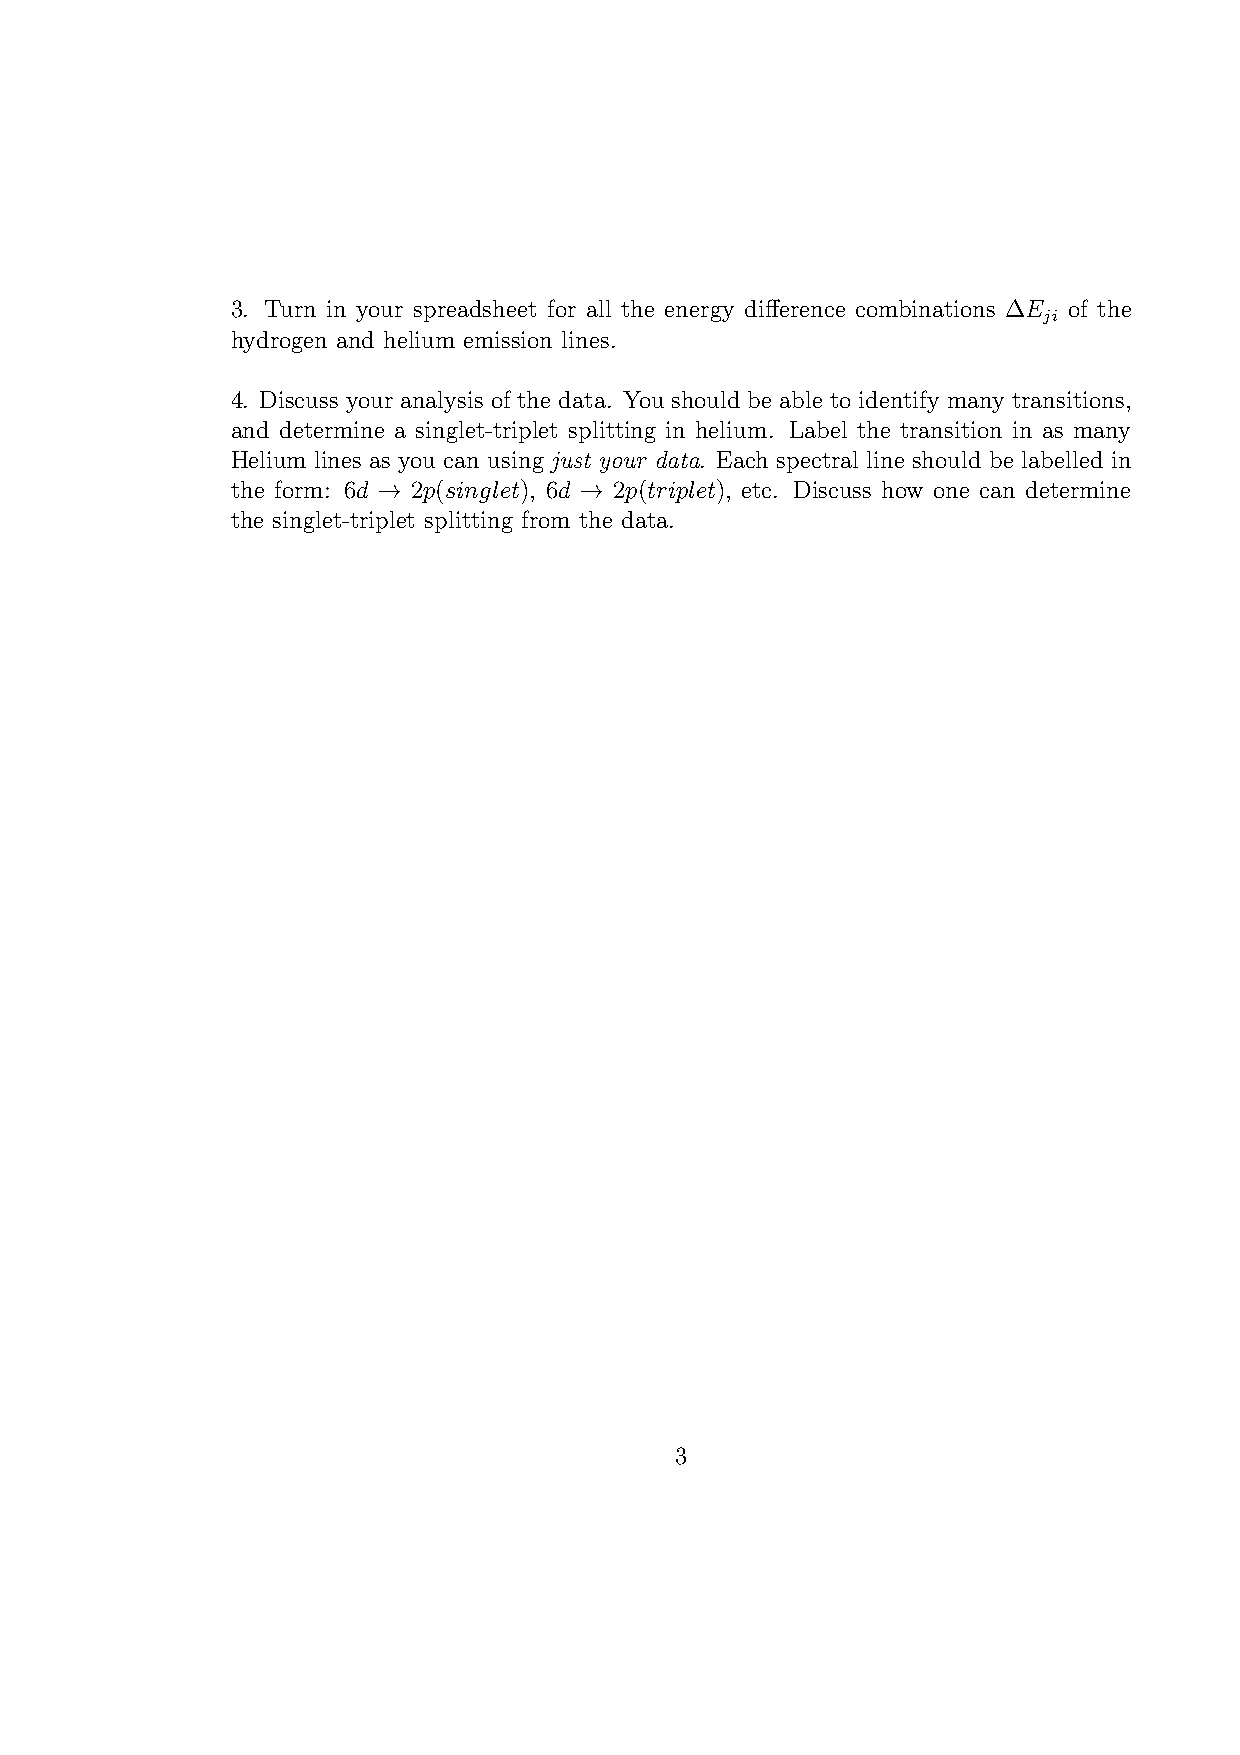
3. Turn in your spreadsheet for all the energy difference combinations ∆E of the
 ji
 hydrogen and helium emission lines.
 4. Discuss your analysis of the data. You should be able to identify many transitions,
 and determine a singlet-triplet splitting in helium. Label the transition in as many
 Helium lines as you can using just your data. Each spectral line should be labelled in
 the form: 6d → 2p(singlet), 6d → 2p(triplet), etc. Discuss how one can determine
 the singlet-triplet splitting from the data.
 3